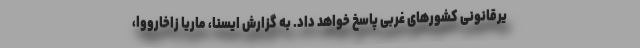
یرقانونی کشورهای غربی پاسخ خواهد داد. به گزارش ایسنا، ماریا زاخارووا،